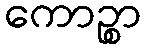
ကောဉ္စာ